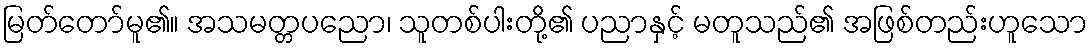
မြတ်တော်မူ၏။ အသမတ္တပညော၊ သူတစ်ပါးတို့၏ ပညာနှင့် မတူသည်၏ အဖြစ်တည်းဟူသော